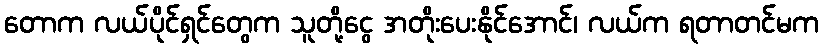
တောက လယ်ပိုင်ရှင်တွေက သူတို့ငွေ အတိုးပေးနိုင်အောင်၊ လယ်က ရတာတင်မက